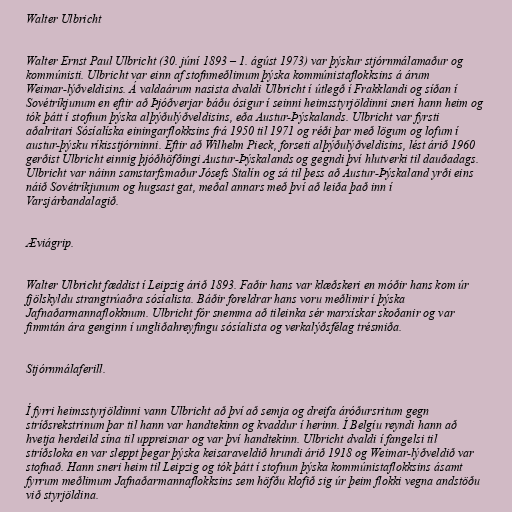
Walter Ulbricht

Walter Ernst Paul Ulbricht (30. júní 1893 – 1. ágúst 1973) var þýskur stjórnmálamaður og
kommúnisti. Ulbricht var einn af stofnmeðlimum þýska kommúnistaflokksins á árum
Weimar-lýðveldisins. Á valdaárum nasista dvaldi Ulbricht í útlegð í Frakklandi og síðan í
Sovétríkjunum en eftir að Þjóðverjar báðu ósigur í seinni heimsstyrjöldinni sneri hann heim og
tók þátt í stofnun þýska alþýðulýðveldisins, eða Austur-Þýskalands. Ulbricht var fyrsti
aðalritari Sósíalíska einingarflokksins frá 1950 til 1971 og réði þar með lögum og lofum í
austur-þýsku ríkisstjórninni. Eftir að Wilhelm Pieck, forseti alþýðulýðveldisins, lést árið 1960
gerðist Ulbricht einnig þjóðhöfðingi Austur-Þýskalands og gegndi því hlutverki til dauðadags.
Ulbricht var náinn samstarfsmaður Jósefs Stalín og sá til þess að Austur-Þýskaland yrði eins
náið Sovétríkjunum og hugsast gat, meðal annars með því að leiða það inn í
Varsjárbandalagið.

Æviágrip.

Walter Ulbricht fæddist í Leipzig árið 1893. Faðir hans var klæðskeri en móðir hans kom úr
fjölskyldu strangtrúaðra sósíalista. Báðir foreldrar hans voru meðlimir í þýska
Jafnaðarmannaflokknum. Ulbricht fór snemma að tileinka sér marxískar skoðanir og var
fimmtán ára genginn í ungliðahreyfingu sósíalista og verkalýðsfélag trésmiða.

Stjórnmálaferill.

Í fyrri heimsstyrjöldinni vann Ulbricht að því að semja og dreifa áróðursritum gegn
stríðsrekstrinum þar til hann var handtekinn og kvaddur í herinn. Í Belgíu reyndi hann að
hvetja herdeild sína til uppreisnar og var því handtekinn. Ulbricht dvaldi í fangelsi til
stríðsloka en var sleppt þegar þýska keisaraveldið hrundi árið 1918 og Weimar-lýðveldið var
stofnað. Hann sneri heim til Leipzig og tók þátt í stofnun þýska kommúnistaflokksins ásamt
fyrrum meðlimum Jafnaðarmannaflokksins sem höfðu klofið sig úr þeim flokki vegna andstöðu
við styrjöldina.